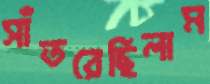
সাঁতরেছিলাম